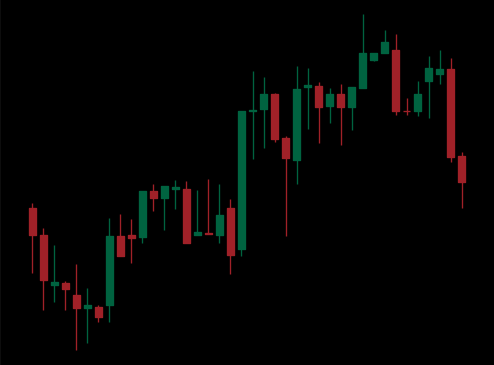
Pattern: unclassified